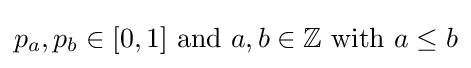
p_{a},p_{b}\in [0,1]{\text{ and }}a,b\in \mathbb {Z} {\text{ with }}a\leq b